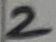
Text: 2